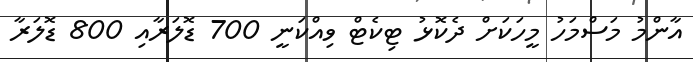
އާންމު މަސްމަހު މީހަކަށް ދެކޮޅު ޓިކެޓް ވިއްކަނީ 700 ޑޮލަރާއި 800 ޑޮލަރާ